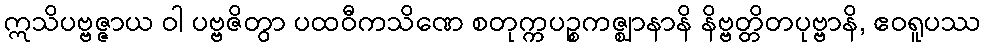
ဣသိပဗ္ဗဇ္ဇာယ ဝါ ပဗ္ဗဇိတွာ ပထဝီကသိဏေ စတုက္ကပဉ္စကဇ္ဈာနာနိ နိဗ္ဗတ္တိတပုဗ္ဗာနိ, ဧဝရူပဿ